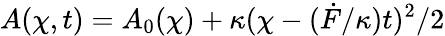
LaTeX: A(\chi,t)=A_{0}(\chi)+\kappa(\chi-(\dot{F}/\kappa)t)^{2}/2